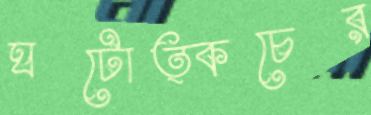
ঘটোত্কচের